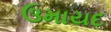
ઉમાયદ